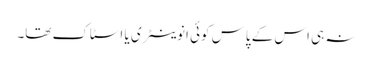
نہ ہی اس کے پاس کوئی انوینٹری یا اسٹاک تھا۔